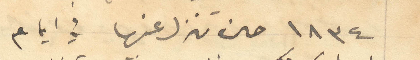
1834 حين تنزل عنها في ايام